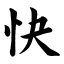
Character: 快